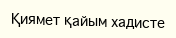
Қиямет қайым хадисте